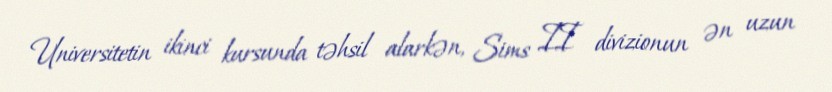
Universitetin ikinci kursunda təhsil alarkən, Sims II divizionun ən uzun